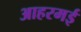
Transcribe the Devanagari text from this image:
आहरमई